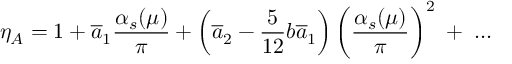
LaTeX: \eta _ { A } = 1 + \overline { { { a } } } _ { 1 } \frac { \alpha _ { s } ( \mu ) } { \pi } + \left( \overline { { { a } } } _ { 2 } - \frac { 5 } { 1 2 } b \overline { { { a } } } _ { 1 } \right) \left( \frac { \alpha _ { s } ( \mu ) } { \pi } \right) ^ { 2 } \; + \; . . . \; \;